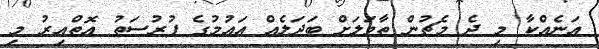
އަނެއްކާ މި ދެ މެޗުން ތާވަލަށް ބަދަލެއް އައުމުގެ ފުރުސަތު އޮތްއިރު މި